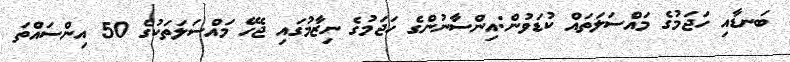
ބަނޑާއި ހަޖަމުގެ މައްސަލަތައް ކުޑަވުން:އިންސާނުންގެ ހަޖަމުގެ ނިޒާމުގައި ޖެހޭ މައްސަލަތަކުގެ 50 އިންސައްތަ